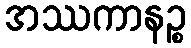
အဿကာနဉ္စ